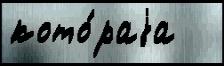
кото́раjа